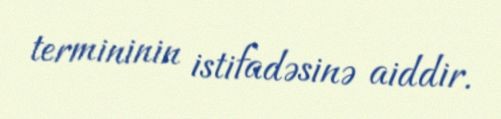
termininin istifadəsinə aiddir.